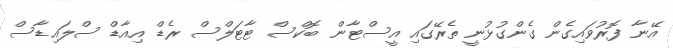
އޭނާ ފޮރުވައިގެން ގެންގުޅުނީ ތެރޭގައި އީސްޓާން ބޮކްސް ޓާޓަލްސް ރެޑް އިއާޑް ސްލައިޑާސް